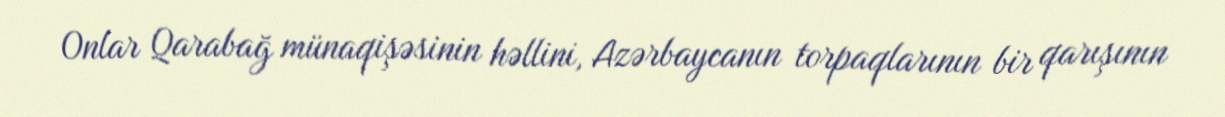
Onlar Qarabağ münaqişəsinin həllini, Azərbaycanın torpaqlarının bir qarışının